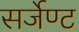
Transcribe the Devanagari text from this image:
सर्जेण्ट